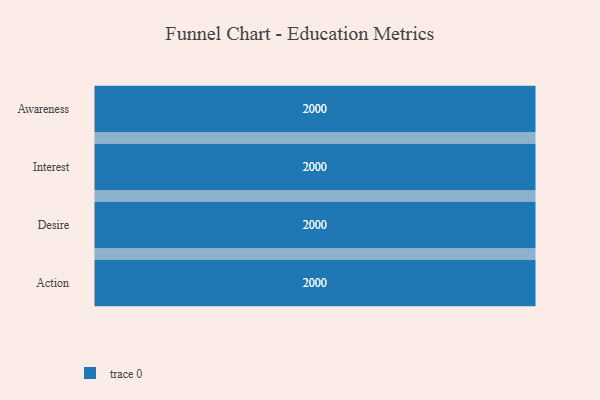
{"axis": {"x": "Stage", "y": "Value"}, "legend": [""], "data": [{"x": "Awareness", "y": 2000, "type": ""}, {"x": "Interest", "y": 2000, "type": ""}, {"x": "Desire", "y": 2000, "type": ""}, {"x": "Action", "y": 2000, "type": ""}]}